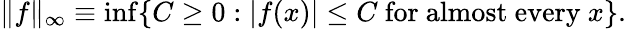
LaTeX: \| f\| _{\infty}\equiv\operatorname*{inf}\{ C\geq 0:|f(x)|\leq C{\mathrm{~for~almost~every~}}x\} .